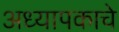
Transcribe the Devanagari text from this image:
अध्यापकाचे